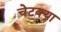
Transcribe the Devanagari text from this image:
चेटक्या